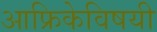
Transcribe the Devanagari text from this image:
आफ्रिकेविषयी